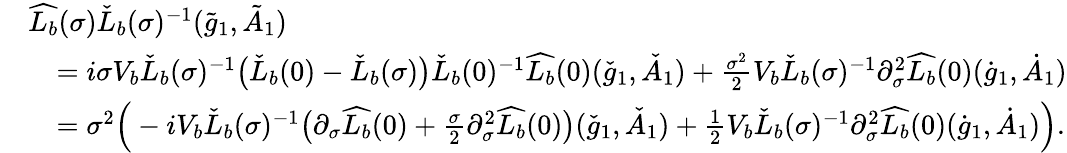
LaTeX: \begin{array}{rl}&{\widehat{L_{b}}(\sigma)\check{L}_{b}(\sigma)^{-1}(\tilde{g}_{1},\tilde{A}_{1})}\\ &{\quad=i\sigma V_{b}\check{L}_{b}(\sigma)^{-1}\big(\check{L}_{b}(0)-\check{L}_{b}(\sigma)\big)\check{L}_{b}(0)^{-1}\widehat{L_{b}}(0)(\check{g}_{1},\check{A}_{1})+\frac{\sigma^{2}}{2}V_{b}\check{L}_{b}(\sigma)^{-1}\partial_{\sigma}^{2}\widehat{L_{b}}(0)(\dot{g}_{1},\dot{A}_{1})}\\ &{\quad=\sigma^{2}\Big(-iV_{b}\check{L}_{b}(\sigma)^{-1}\big(\partial_{\sigma}\widehat{L_{b}}(0)+\frac{\sigma}{2}\partial_{\sigma}^{2}\widehat{L_{b}}(0)\big)(\check{g}_{1},\check{A}_{1})+\frac{1}{2}V_{b}\check{L}_{b}(\sigma)^{-1}\partial_{\sigma}^{2}\widehat{L_{b}}(0)(\dot{g}_{1},\dot{A}_{1})\Big).}\end{array}